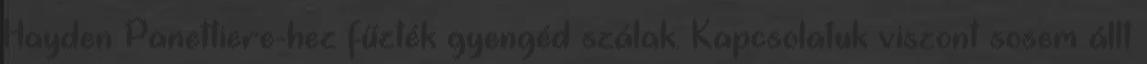
Hayden Panettiere-hez fűzték gyengéd szálak. Kapcsolatuk viszont sosem állt